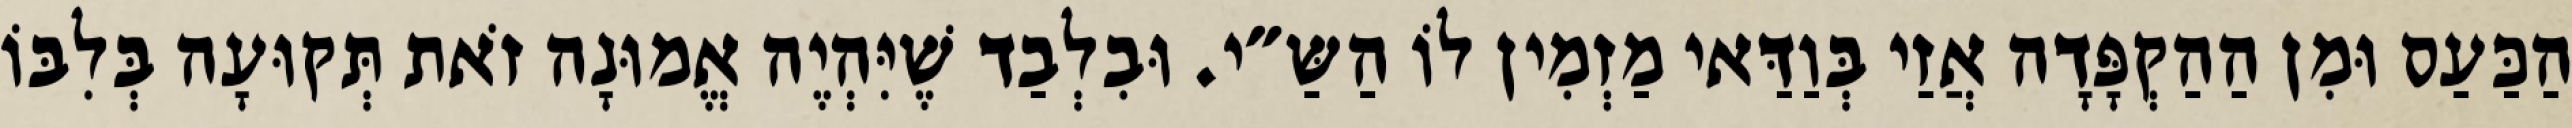
הַכַּעַס וּמִן הַהַקְפָּדָה אֲזַי בְּוַדַּאי מַזְמִין לוֹ הַשַּ״י. וּבִלְבַד שֶׁיִּהְיֶה אֱמוּנָה זֹאת תְּקוּעָה בְּלִבּוֹ